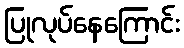
ပြုလုပ်နေကြောင်း